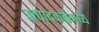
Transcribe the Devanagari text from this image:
उत्पादकतेमध्ये